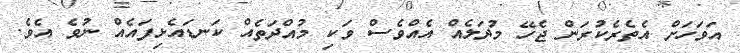
އަވަހަށް އެތެރެކުރަން ޖެހޭ މުދަލެއް އެއްވެސް ވަކި މުއްދަތެއް ކަނޑައެޅިފައެއް ނުވެ އެވެ.